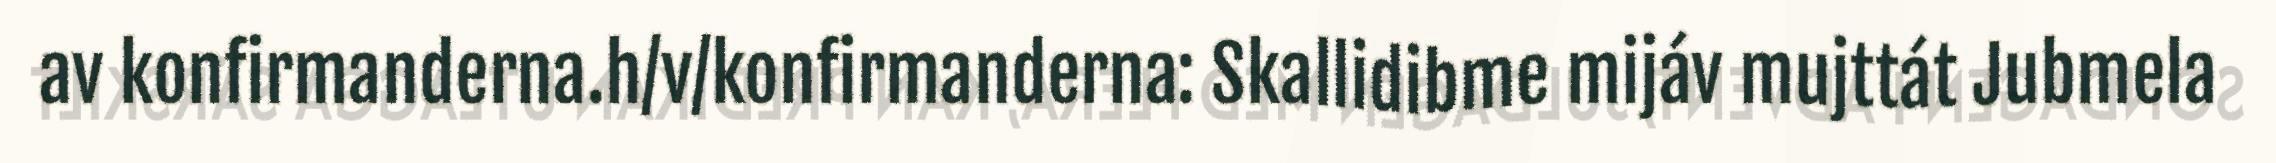
av konfirmanderna.h/v/konfirmanderna: Skallidibme mijáv mujttát Jubmela